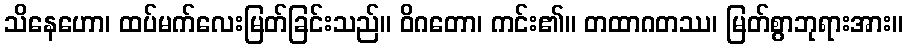
သိနေဟော၊ ထပ်မက်လေးမြတ်ခြင်းသည်။ ဝိဂတော၊ ကင်း၏။ တထာဂတဿ၊ မြတ်စွာဘုရားအား။